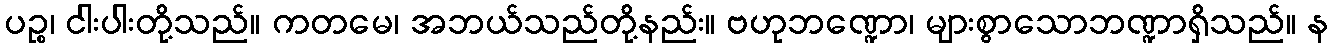
ပဉ္စ၊ ငါးပါးတို့သည်။ ကတမေ၊ အဘယ်သည်တို့နည်း။ ဗဟုဘဏ္ဍော၊ များစွာသောဘဏ္ဍာရှိသည်။ န